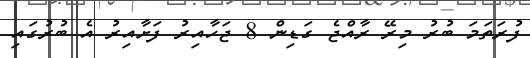
ފުރަތަމަ ބުރު މިރޭ ރާއްޖެ ގަޑިން 8 ޖަހާއިރު ފަށާއިރު އެ ބުރުގައި